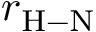
r _ { \mathrm { { H - N } } }